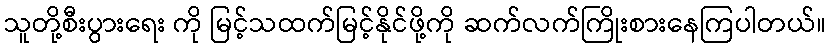
သူတို့စီးပွားရေး ကို မြင့်သထက်မြင့်နိုင်ဖို့ကို ဆက်လက်ကြိုးစားနေကြပါတယ်။